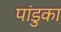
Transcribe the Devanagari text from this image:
पांडुका